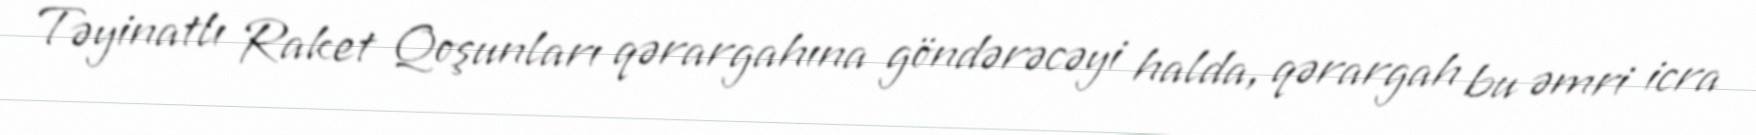
Təyinatlı Raket Qoşunları qərargahına göndərəcəyi halda, qərargah bu əmri icra